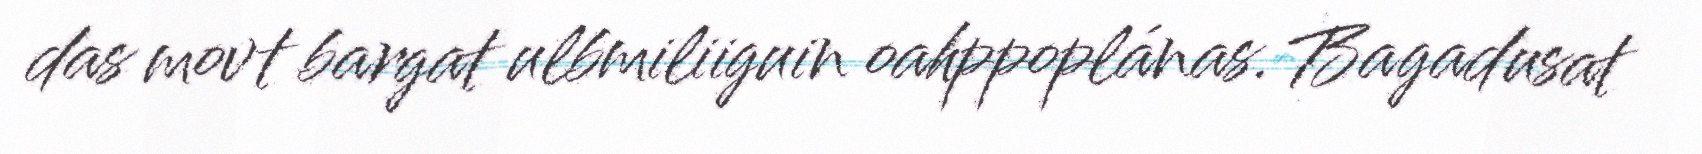
das movt bargat ulbmiliiguin oahppoplánas. Bagadusat